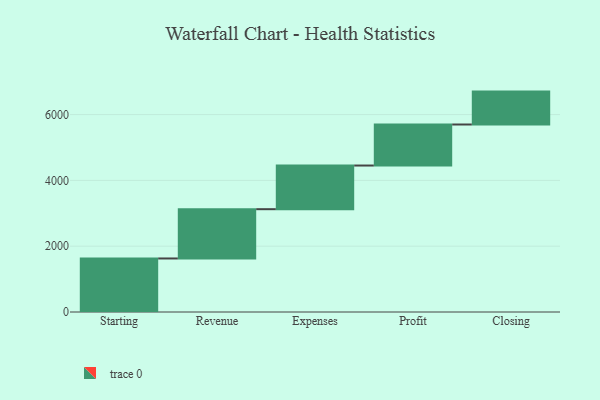
{"axis": {"x": "Step", "y": "Value"}, "legend": [""], "data": [{"x": "Starting", "y": 1627.0, "type": ""}, {"x": "Revenue", "y": 1498.0, "type": ""}, {"x": "Expenses", "y": 1327.0, "type": ""}, {"x": "Profit", "y": 1247.0, "type": ""}, {"x": "Closing", "y": 1000, "type": ""}]}